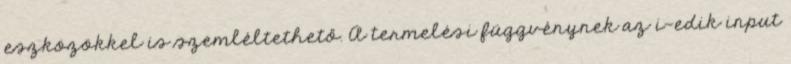
eszközökkel is szemléltethető. A termelési függvénynek az i-edik input